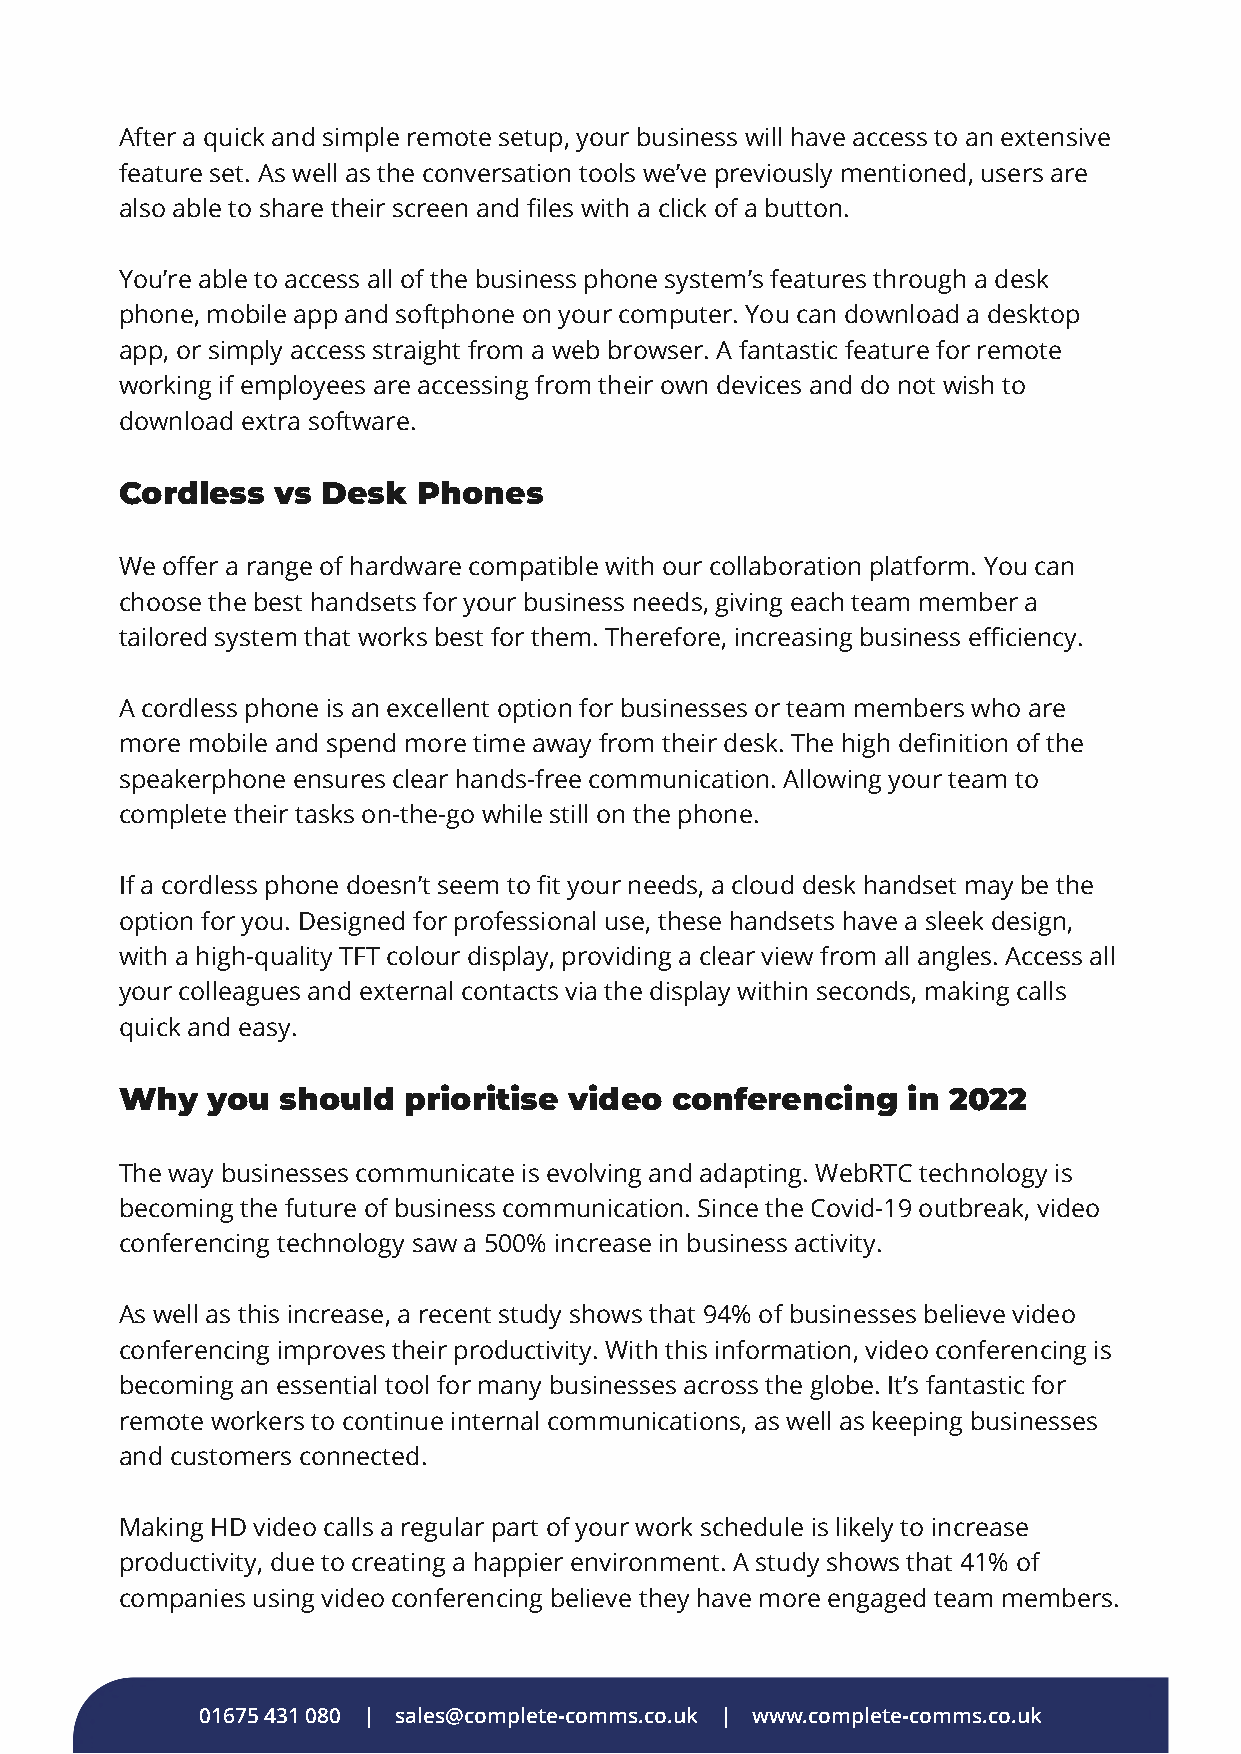
After a quick and simple remote setup, your business will have access to an extensive
 feature set. As well as the conversation tools we’ve previously mentioned, users are
 also able to share their screen and files with a click of a button.
 You’re able to access all of the business phone system’s features through a desk
 phone, mobile app and softphone on your computer. You can download a desktop
 app, or simply access straight from a web browser. A fantastic feature for remote
 working if employees are accessing from their own devices and do not wish to
 download extra software.
 Cordless  vs Desk   Phones
 We offer a range of hardware compatible with our collaboration platform. You can
 choose the best handsets for your business needs, giving each team member a
 tailored system that works best for them. Therefore, increasing business efficiency.
 A cordless phone is an excellent option for businesses or team members who are
 more mobile and spend more time away from their desk. The high definition of the
 speakerphone ensures clear hands-free communication. Allowing your team to
 complete their tasks on-the-go while still on the phone.
 If a cordless phone doesn’t seem to fit your needs, a cloud desk handset may be the
 option for you. Designed for professional use, these handsets have a sleek design,
 with a high-quality TFT colour display, providing a clear view from all angles. Access all
 your colleagues and external contacts via the display within seconds, making calls
 quick and easy.
 Why   you should   prioritise video conferencing    in 2022
 The way businesses communicate is evolving and adapting. WebRTC technology is
 becoming the future of business communication. Since the Covid-19 outbreak, video
 conferencing technology saw a 500% increase in business activity.
 As well as this increase, a recent study shows that 94% of businesses believe video
 conferencing improves their productivity. With this information, video conferencing is
 becoming an essential tool for many businesses across the globe. It’s fantastic for
 remote workers to continue internal communications, as well as keeping businesses
 and customers connected.
 Making HD video calls a regular part of your work schedule is likely to increase
 productivity, due to creating a happier environment. A study shows that 41% of
 companies using video conferencing believe they have more engaged team members.
 01675 431 080 | sales@complete-comms.co.uk | www.complete-comms.co.uk